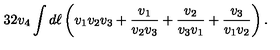
3 2 v _ { 4 } \int { d \ell } \left( v _ { 1 } v _ { 2 } v _ { 3 } + { \frac { v _ { 1 } } { v _ { 2 } v _ { 3 } } } + { \frac { v _ { 2 } } { v _ { 3 } v _ { 1 } } } + { \frac { v _ { 3 } } { v _ { 1 } v _ { 2 } } } \right) .